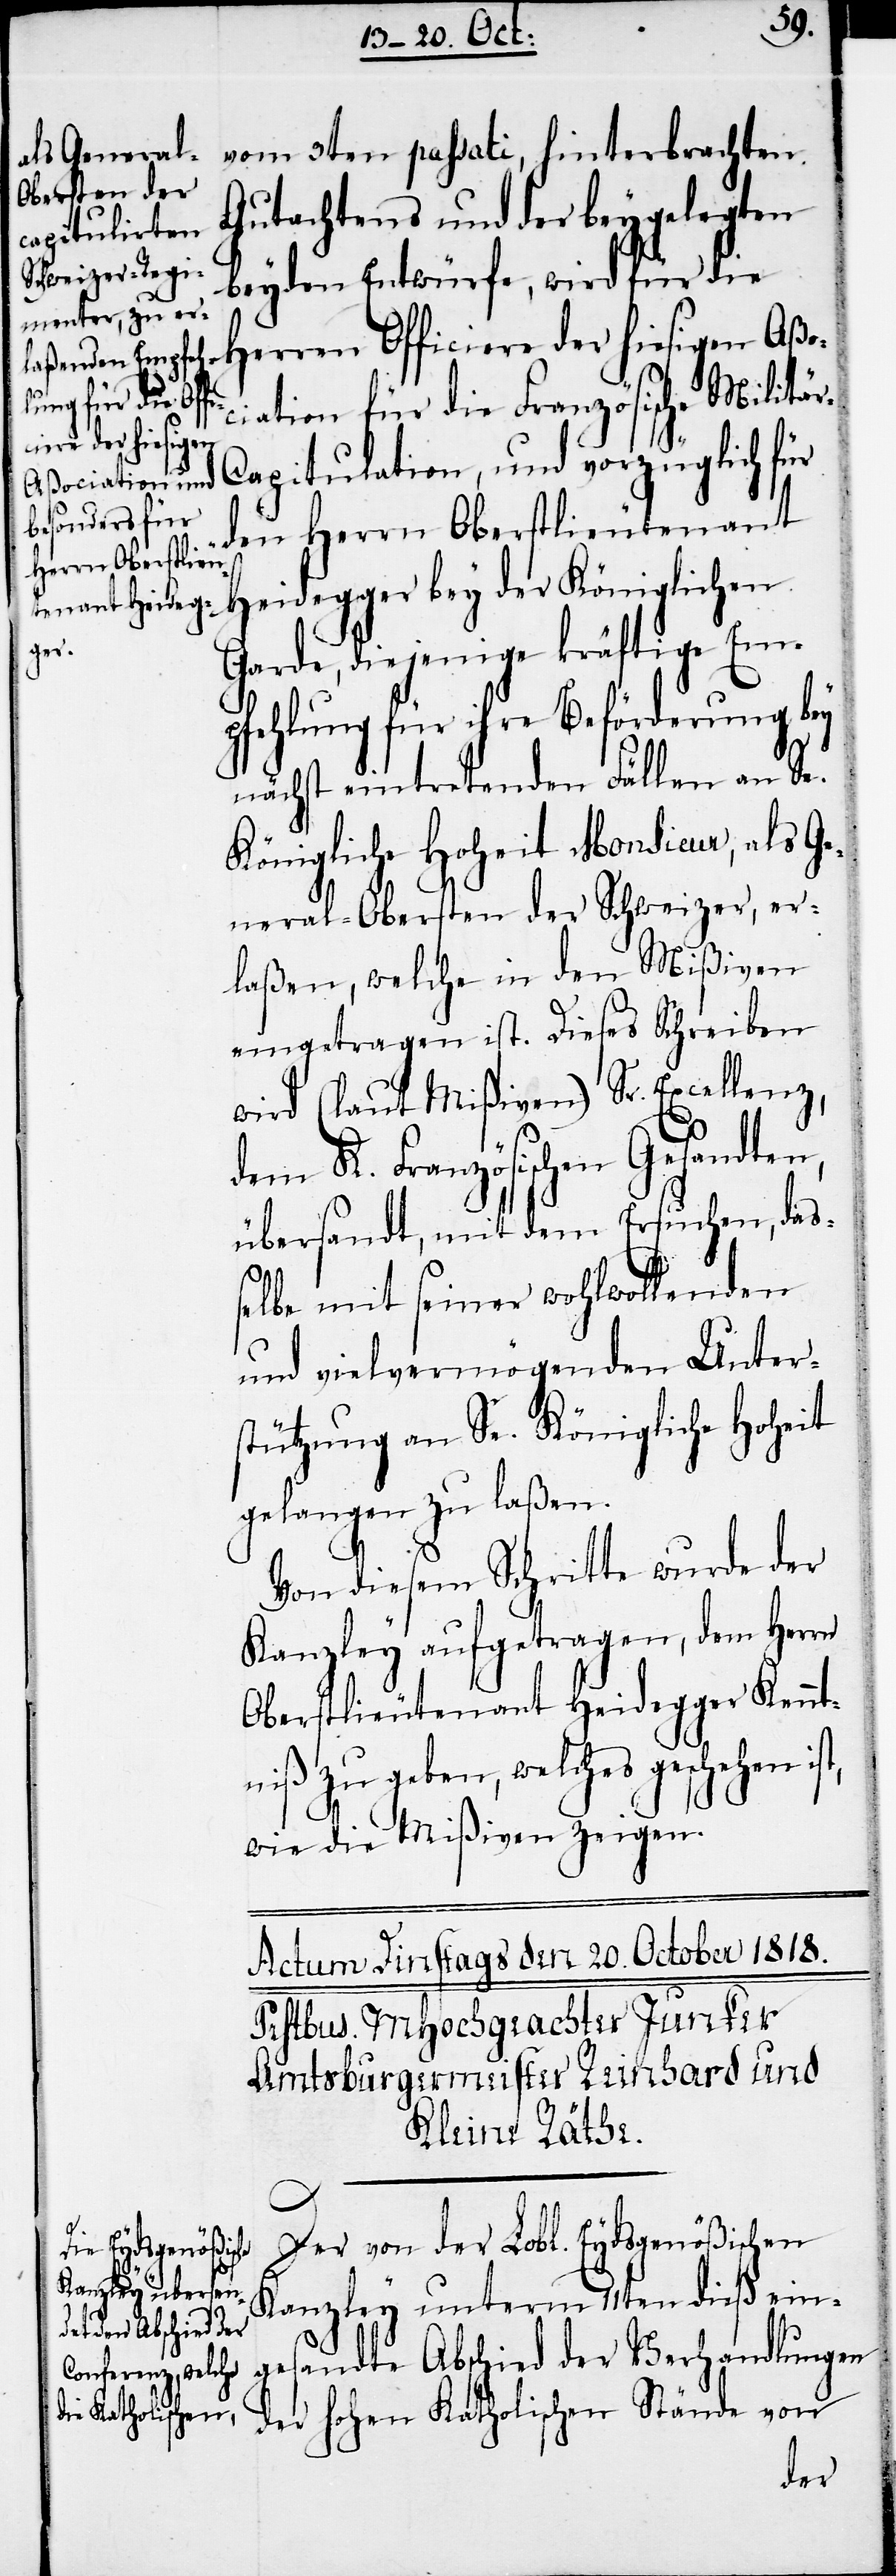
vom 3ten passati, hinterbrachten
Gutachtens und der beygelegten
beyden Entwürfe, wird für die
Herren Officiere der hiesigen Aßo¬
ciation für die Französische Militä¬
r-Capitulation, und vorzüglich für
den Herrn Oberstlieutenant
Heidegger bey der Königlichen
Garde, diejenige kräftige Em¬
pfehlung für ihre Beförderung bey
nächst eintretenden Fällen an Se.
Königliche Hoheit Monsieur, als Ge¬
neral-Obersten der Schweizer, er¬
laßen, welche in den Mißiven
eingetragen ist. Dieses Schreiben
wird (laut Mißiven) Sr. Excellenz,
dem K. Französischen Gesandten,
übersandt, mit dem Ersuchen, das¬
selbe mit seiner wohlwollenden
und vielvermögenden Unter¬
stützung an Se. Königliche Hoheit
gelangen zu laßen.
Von diesem Schritte wurde der
Kanzley aufgetragen, dem Herrn
Oberstlieutenant Heidegger Kennt¬
niß zu geben, welches geschehen
wie die Mißiven zeigen.
Der von der Lobl. Eydsgenößischen
Kanzley unterm 11ten dieß ein¬
gesandte Abschied der Verhandlungen
der hohen Katholischen Stände von